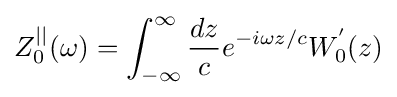
Z_{0}^{||}(\omega )=\int _{-\infty }^{\infty }{\frac {dz}{c}}e^{-i\omega z/c}W_{0}^{'}(z)